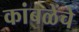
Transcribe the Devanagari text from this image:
कांबळेंचे